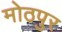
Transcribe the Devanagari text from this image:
मोठपुर